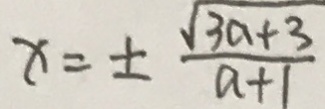
x = \pm \frac { \sqrt { 3 a + 3 } } { a + 1 }